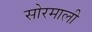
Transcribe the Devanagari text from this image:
सोरमाली